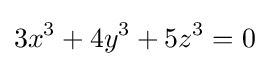
3x^{3}+4y^{3}+5z^{3}=0